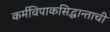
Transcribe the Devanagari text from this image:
कर्मविपाकसिद्धान्ताची